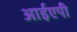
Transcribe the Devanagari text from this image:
आईएपी